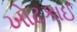
ખોટકાઈ